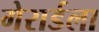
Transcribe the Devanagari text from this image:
गेरार्डला